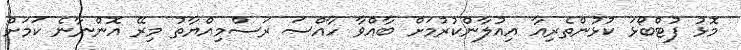
މޮޅު ފުޓްބޯޅަ ކުޅުންތެރިއާ އިއުލާންކުރުމަށް ބާއްވާ ހާއްސަ ރަސްމިއްޔާތު މިރޭ އޮންނާނެ ކަމަށް